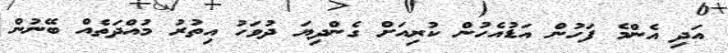
އަދި އެންމެ ފަހުން އަޑުއެހުން ކުރިއަށް ގެންދިޔަ ދުވަހު އިތުރު މުއްދަތެއް ބޭނުން